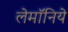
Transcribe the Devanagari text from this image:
लेमॉनिये